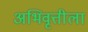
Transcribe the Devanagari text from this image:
अभिवृत्तीला